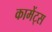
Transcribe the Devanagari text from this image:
कामेंट्स